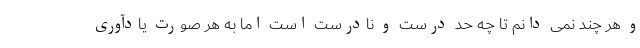
و هر چند نمی دانم تا چه حد درست و نادرست است اما به هر صورت یادآوری